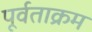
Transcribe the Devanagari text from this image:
पूर्वताक्रम